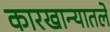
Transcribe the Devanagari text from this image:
कारखान्यातले